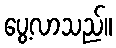
ပွေ့လာသည်။